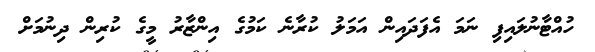
ހުއްޓާނުލައިފި ނަމަ އެފަދައިން އަމަލު ކުރާނެ ކަމުގެ އިންޒާރު މީގެ ކުރިން ދިނުމަށް